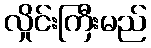
လှိုင်းကြီးမည်